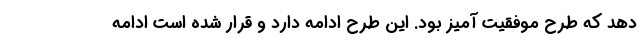
دهد که طرح موفقیت آمیز بود. این طرح ادامه دارد و قرار شده است ادامه